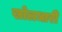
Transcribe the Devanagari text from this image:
खोलधारी